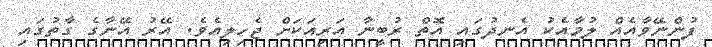
ފުންނޭވާއެއް ލުމާއެކު އެނދުގައި އޮތް ރުބީނާ އަރިއަކަށް ޖެހިލިއެވެ. އޭރު އޭނާގެ ގާތުގައި